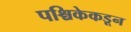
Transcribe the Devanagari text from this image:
पश्चिकेकडून